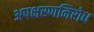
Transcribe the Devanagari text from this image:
अपक्षरणनिरोध